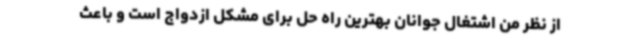
از نظر من اشتغال جوانان بهترین راه حل برای مشکل ازدواج است و باعث